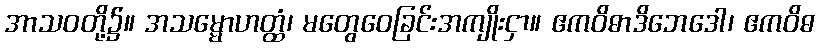
အာသဝတို့၌။ အသမ္မောဟတ္ထံ၊ မတွေဝေခြင်းအကျိုးငှာ။ ဧကဝိဓာဒိဘေဒေါ၊ ဧကဝိဓ